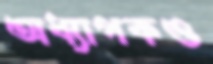
অধ্যাপকও